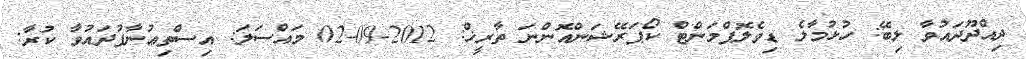
ދިއްދޫދައުވާ ލިބޭ: ހުޅުމާލެ ޑިވެލޮޕްމަންޓް ކޯޕަރޭޝަންއޮންނަ ތާރީޚް: 2012-09-02 މައްސަލަ: އިސްތިޢުނާފުދައުވާ ކުރާ: